Report of the Hyderabad Chloroform Commission
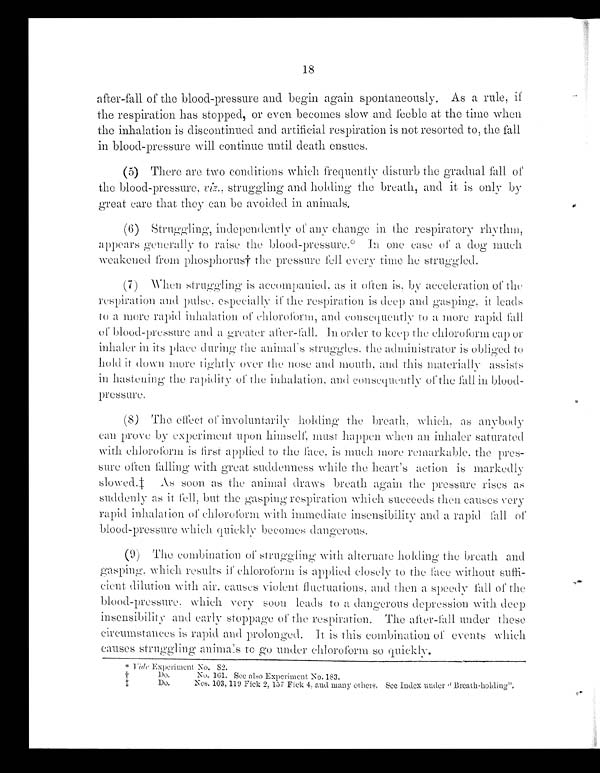
18
after-fall of the blood-pressure and begin again spontaneously. As a rule, if
the respiration has stopped, or even becomes slow and feeble at the time when
the inhalation is discontinued and artificial respiration is not resorted to, the fall
in blood-pressure will continue until death ensues.
(5) There are two conditions which frequently disturb the gradual fall o
f
the blood-pressure, viz ., struggling and holding the breath, and it is only by
great care that they can be avoided in animals,
(6) Struggling, independently of any change in the respiratory rhythm,
appears generally to raise the blood-pressure.* In one case of a dog much
weakened from phosphorus† the pressure fell every time he struggled.
(7) When struggling is accompanied, as it often is, by acceleration of the
respiration and pulse, especially if the respiration is deep and gasping, it leads
to a more rapid inhalation of chloroform, and consequently to a more rapid
of blood-pressure and a greater after-fall. In order to keep the chloroform cap or
inhaler in its place during the animal's struggles, the administrator is obliged
thold it down more tightly over the nose and mouth, and this materially assists
in hastening the rapidity of the inhalation, and consequently of the fall in
bloodpressure.
(8) The effect of involuntarily holding the breath which. as anybody
can prove by experiment upon himself, must happen when an inhaler saturated
with chloroform is first applied to the face, is much more remarkable, the pres-
sure often falling with great suddenness while the heart's action is markedly
slowed.‡ As soon as the animal draws breath again the pressure rises as
suddenly as it fell ; but the gasping respiration which succeeds then causes very
rapid inhalation of chloroform with immediate insensibility and a rapid fall of
blood-pressure which quickly becomes dangerous.
(9) The combination of struggling with alternate holding the breath and
gasping, which results if chloroform is applied closely to the face without suffi-
cient dilution
w
ith air, causes violent fluctuations, and then a speedy fall of the
blood-pressure, which very soon leads to a dangerous depression with deep
insensibility and early stoppage of the respiration. The after-fall under these
circumstances is rapid and prolonged. It is this combination of events which
causes struggling animals to go under chloroform so quickly.
* Vide Experinment No. 82.
† Do, No. 161. See also Experiment No. 183.
Do,
Nos. 103, 119 Fick 2, 157 Fick 4, and many others. See Index under "Breath-holding".